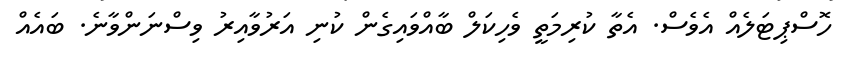
ހޮސްޕިޓަލެއް އެވެސް. އެތާ ކުރިމަތީ ވެހިކަލް ބާއްވައިގެން ކުނި އަރުވާއިރު ވިސްނަންވާނެ. ބައެއް